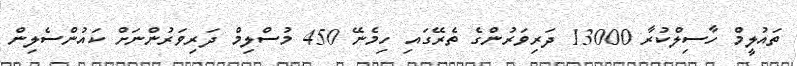
ތައުލީމް ހާސިލްކުރާ 13000 ދަރިވަރުންގެ ތެރޭގައި ހިމެނޭ 450 މުސްލިމް ދަރިވަރުންނަށް ކައުންސެލިން